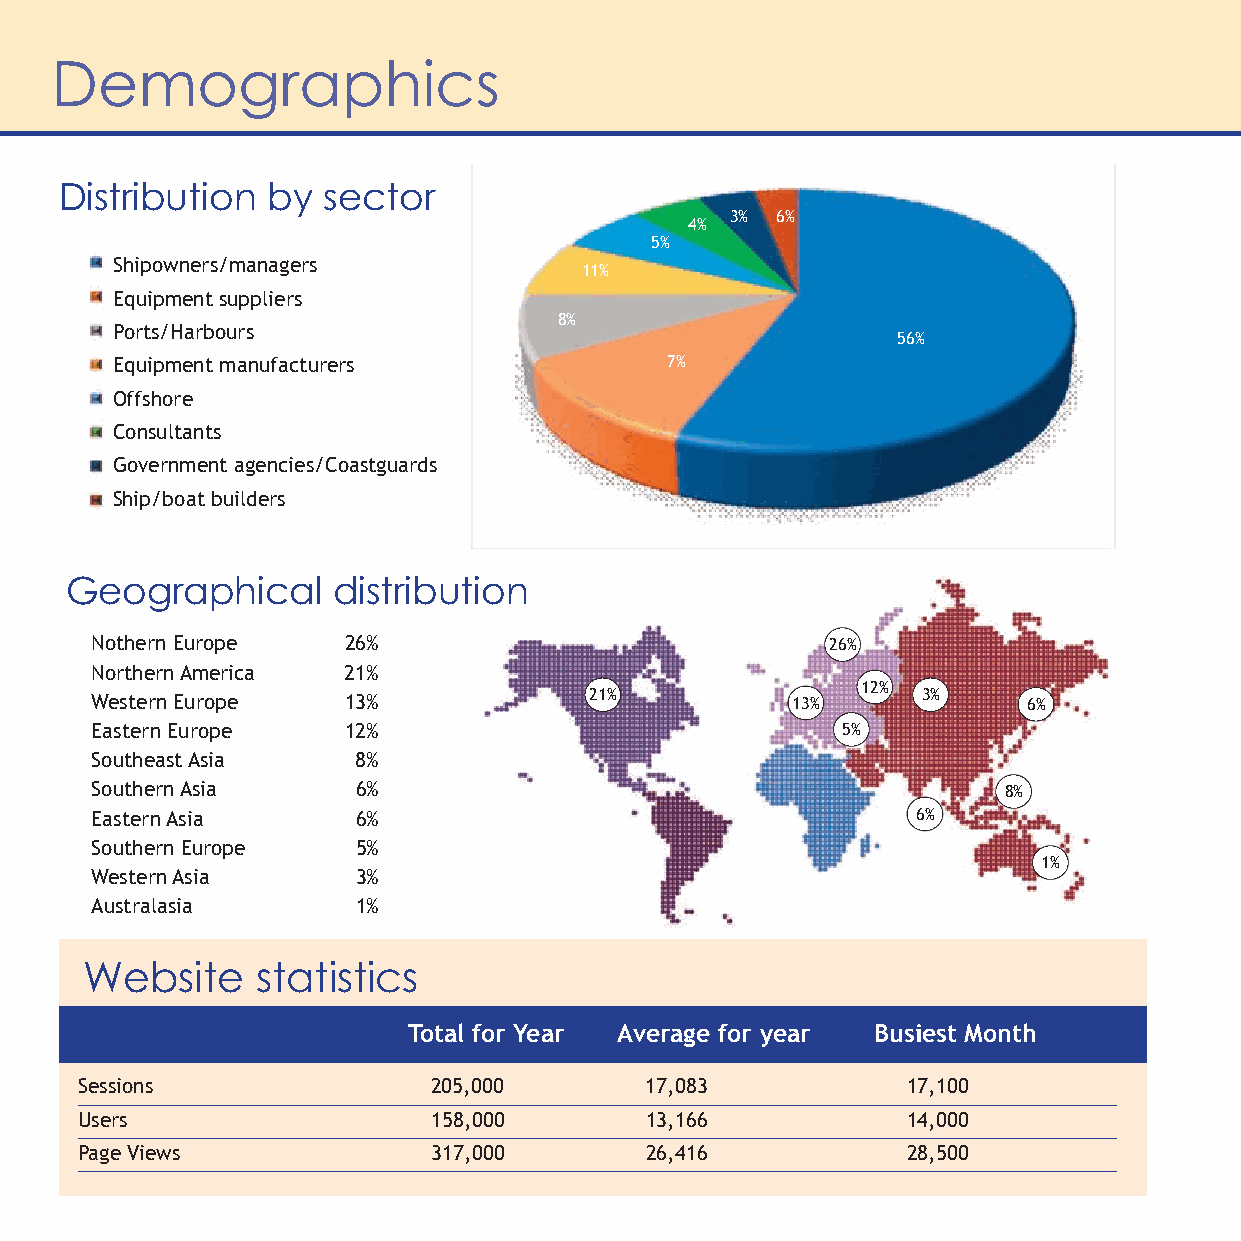
Demographics
 Distribution  by sector
 3% 6%
 4%
 5%
 Shipowners/managers
 11%
 Equipment suppliers
 8%
 Ports/Harbours
 56%
 Equipment manufacturers              7%
 Offshore
 Consultants
 Government agencies/Coastguards
 Ship/boat builders
 Geographical      distribution
 Nothern Europe   26%                             26%
 Northern America 21%
 12%
 Western Europe   13%             21%          13%      3%     6%
 Eastern Europe   12%                              5%
 Southeast Asia    8%
 Southern Asia     6%                                        8%
 Eastern Asia      6%                                   6%
 Southern Europe   5%
 1%
 Western Asia      3%
 Australasia       1%
 Website     statistics
 Total for Year Average for year Busiest Month
 Sessions                205,000       17,083           17,100
 Users                   158,000       13,166           14,000
 Page Views              317,000       26,416           28,500